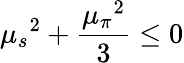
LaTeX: {\mu_{s}}^{2}+\frac{{\mu_{\pi}}^{2}}{3}\le 0